Civil Veterinary Department Bihar & Orissa reports 1929-36 - 1929-1936
Year: 1929
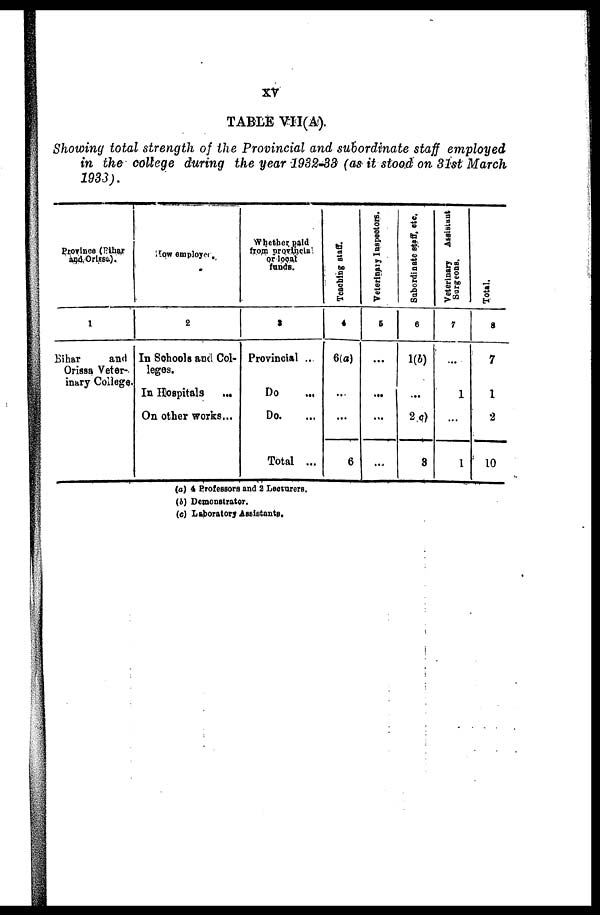
XT
TABLE VII(A).
Showing total strength of the Provincial and subordinate staff employed
in the college during the year 1932-33 (as it stood on 31st March
1933).
Province (Bihar
and Orissa).
1
Bihar
and
Orissa Veter-
inary College.
How employed
2
In Schools and Col-
leges.
In Hospitals ...
On other works...
Whether paid
from provincia
or local
funds.
3
Provincial ...
Do ...
Do. ...
Total ...
Teaching staff.
4
6(a)
...
...
6
Veterinary Inspectors.
5
...
...
...
....
Subordinate staff, etc.
6
1(b)
...
2(a)
3
Veterinary Assistant
Surgeons.
7
...
1
...
1
Total.
8
7
1
2
10
(a) 4 Professors and 2 Lecturers.
(b) Demonstrator.
(e) Laboratory Assistants.